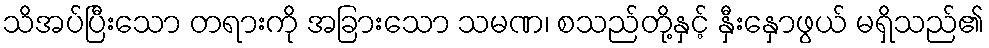
သိအပ်ပြီးသော တရားကို အခြားသော သမဏ၊ စသည်တို့နှင့် နှီးနှောဖွယ် မရှိသည်၏